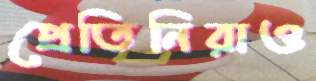
প্রেতিনিরাও